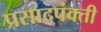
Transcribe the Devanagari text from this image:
प्रसादपंक्ती